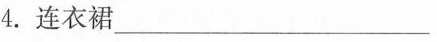
4.连衣裙___